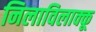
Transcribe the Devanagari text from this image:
निलाविलाक्कू